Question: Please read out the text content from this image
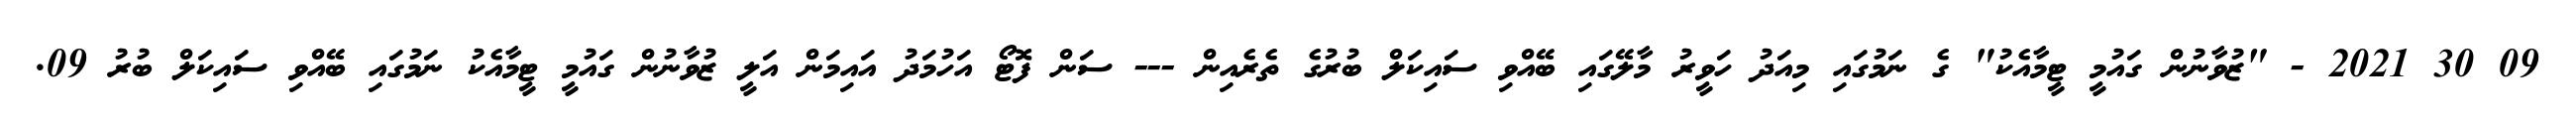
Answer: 09 30 2021 - "ޒުވާނުން ގައުމީ ޓީމާއެކު" ގެ ނަމުގައި މިއަދު ހަވީރު މާލޭގައި ބޭއްވި ސައިކަލް ބުރުގެ ތެރެއިން --- ސަން ފޮޓޯ އަހުމަދު އައިމަން އަލީ ޒުވާނުން ގައުމީ ޓީމާއެކު ނަމުގައި ބޭއްވި ސައިކަލް ބުރު 09.